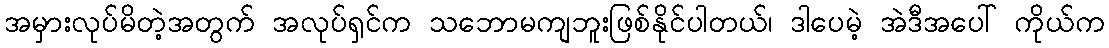
အမှားလုပ်မိတဲ့အတွက် အလုပ်ရှင်က သဘောမကျဘူးဖြစ်နိုင်ပါတယ်၊ ဒါပေမဲ့ အဲဒီအပေါ် ကိုယ်က